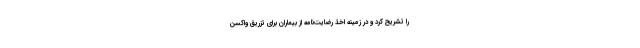
را تشریح کرد و در زمینه اخذ رضایت‌نامه از بیماران برای تزریق واکسن